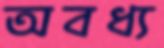
অবধ্য